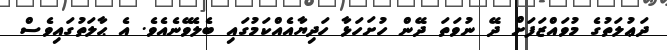
ދަޢުލަތުގެ މުވައްޒަފަށް ދޭ ނުވަތަ ދޭން ހުށަހަޅާ ހަދިޔާއެއްކަމުގައި ބެލެވޭނެއެވެ. އެ ޙާލަތުގައިވެސް